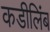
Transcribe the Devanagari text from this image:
कडीलिंब